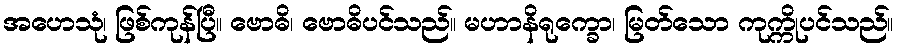
အဟေသုံ၊ ဖြစ်ကုန်ပြီ။ ဗောဓိ၊ ဗောဓိပင်သည်။ မဟာနိရုက္ခော၊ မြတ်သော ကုက္ကိုပင်သည်။